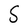
Character: S